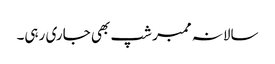
سالانہ ممبر شپ بھی جاری رہی۔